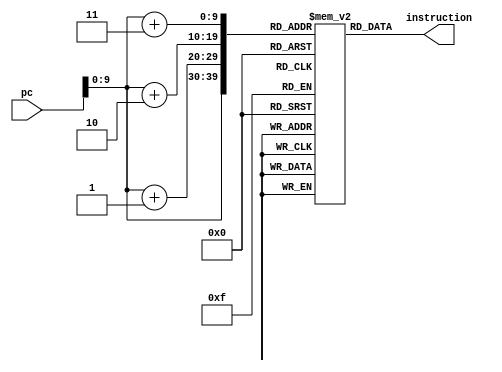

module IMEM#(
  parameter AWIDTH=32,
  parameter DWIDTH=32
)
(
    input [AWIDTH-1:0] pc,
    output reg [DWIDTH-1:0] instruction
);

    reg [7:0] imem [0:1023]; 

    always @*
    begin
          instruction[31:24] = imem[pc];
          instruction[23:16] = imem[pc+1];
          instruction[15:8] = imem[pc+2];
          instruction[7:0] = imem[pc+3];
    end
endmodule